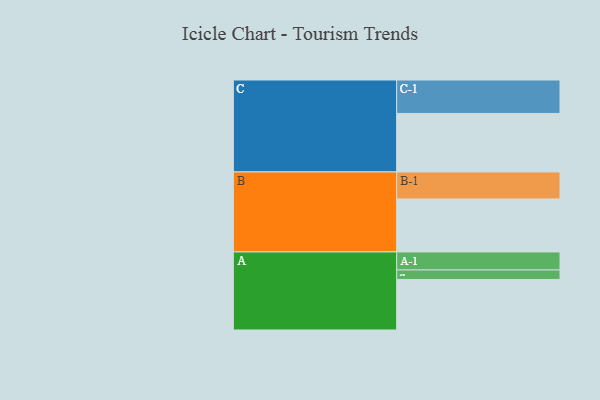
{"axis": {"x": "Segment", "y": "Value"}, "legend": ["", "A", "B", "C"], "data": [{"x": "A", "y": 393, "type": ""}, {"x": "B", "y": 412, "type": ""}, {"x": "C", "y": 455, "type": ""}, {"x": "A-1", "y": 140, "type": "A"}, {"x": "A-2", "y": 74, "type": "A"}, {"x": "B-1", "y": 210, "type": "B"}, {"x": "C-1", "y": 260, "type": "C"}]}